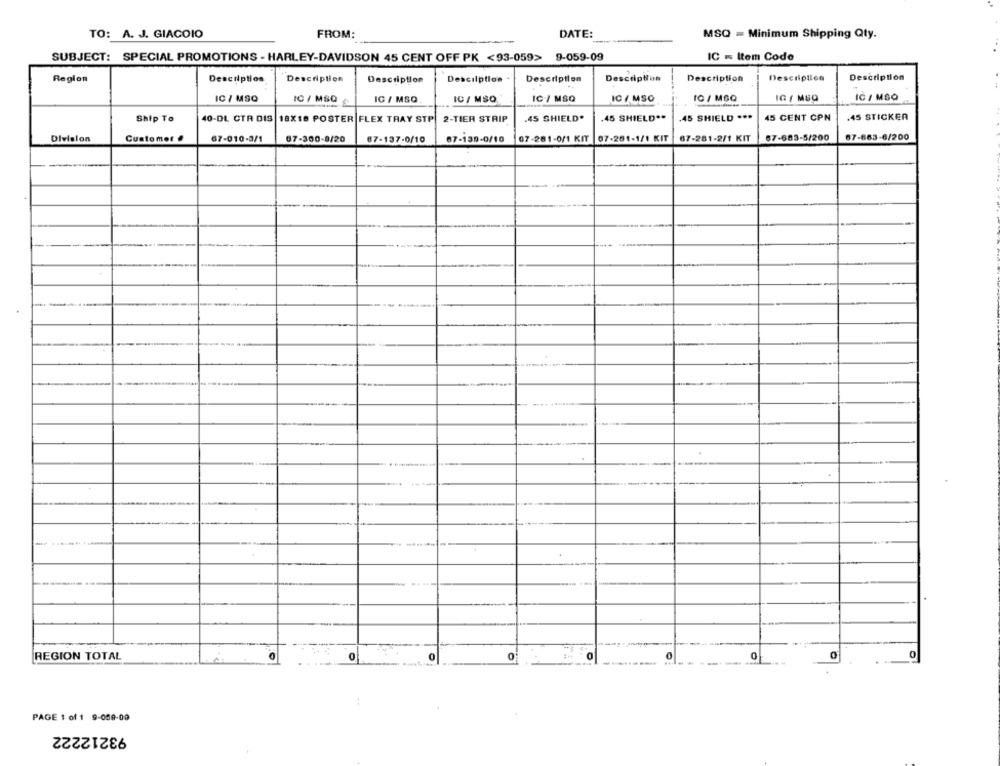
TO: A. J. GIAGOIO
FROM:
DATE:
MSQ = Minimum Shipping Qty.
SUBJECT: SPECIAL PROMOTIONS - HARLEY-DAVIDSON 45 CENT OFF PK <93-059> 9-059-09
IC = Item Code
Region
Description
Description
Description
Description
Description
Description
Descilptlos
Description
Description
IC / MSQ
IC / MSQ
IC / MSQ
IC / MSO
IC / MSQ
IC / MSO
IC / MSQ
IG / MSQ
IC / MSO
.45 STICKER
Ship To
40-DL CTR DIS
18X18 POSTER FLEX TRAY STP
2-TIER STRIP
.45 SHIELD*
.45 SHIELD **
.45 SHIELD ***
45 CENT CPN
Division
Customer .
67-010-3/1
67-300-8/20
67-137-0/10
67-139-0/10
67-281-0/1 KIT 07-281-1/1 KIT |67-281-2/1 KIT
67-683-5/200
87-663-6/200
REGION TOTAL
0
0
0
-----
0
0
---
PAGE 1 of 1 9-059-00
93212222